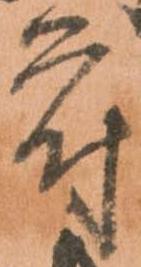
符